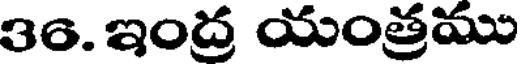
36. ఇంద్ర యంత్రము